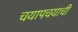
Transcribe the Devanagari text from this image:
चयापचयाची